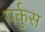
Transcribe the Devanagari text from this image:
पर्कुस